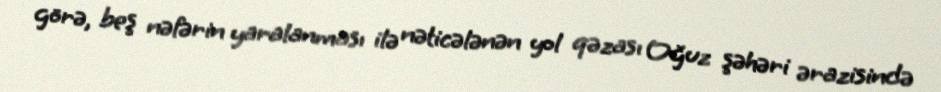
görə, beş nəfərin yaralanması ilə nəticələnən yol qəzası Oğuz şəhəri ərazisində